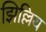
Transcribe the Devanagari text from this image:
झिल्लिय